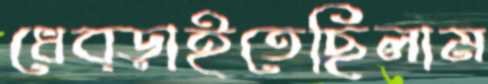
ধেব্‌ড়াইতেছিলাম